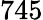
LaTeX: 745